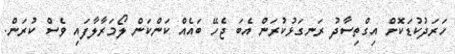
ހަރަދުކުޑަކޮށް އިގްތިސާދު ރަނގަޅުކުރަން އެބަ ޖެހޭ ބައެއް ކަންކަން ލޯމަރާލާފައި ވެސް ކުރަން.